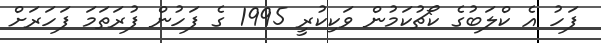
ފަހު އެ ކްލަބުގެ ކޯޗުކަމުން ވަކިކުރީ 1995 ގެ ފަހުން ފުރަތަމަ ފަހަރަށް